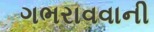
ગભરાવવાની